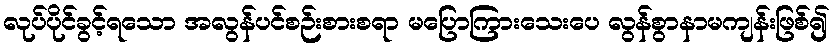
လုပ်ပိုင်ခွင့်ရသော အလွန်ပင်စဉ်းစားစရာ မပြောကြားသေးပေ လွန်စွာနာမကျန်းဖြစ်၍